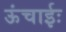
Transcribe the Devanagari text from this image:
ऊंचाईः